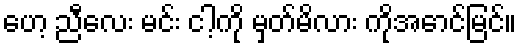
ဟေ့ ညီလေး မင်း ငါ့ကို မှတ်မိလား ကိုအောင်မြင်။